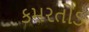
કમરતોડ